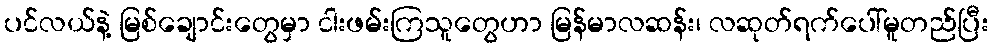
ပင်လယ်နဲ့ မြစ်ချောင်းတွေမှာ ငါးဖမ်းကြသူတွေဟာ မြန်မာလဆန်း၊ လဆုတ်ရက်ပေါ်မူတည်ပြီး